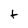
Character: t